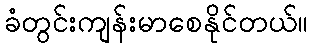
ခံတွင်းကျန်းမာစေနိုင်တယ်။